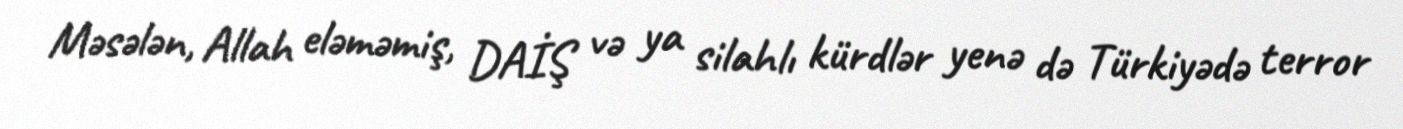
Məsələn, Allah eləməmiş, DAİŞ və ya silahlı kürdlər yenə də Türkiyədə terror